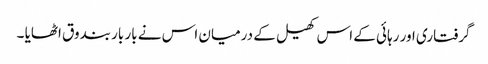
گرفتاری اور رہائی کے اس کھیل کے درمیان اس نے بار بار بندوق اٹھایا ۔